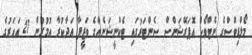
މޯލްޑިވްސްގެ ނެޓްވޯކް އޮޕަރޭޝަންސް ސެންޓަރުގައި ޓެކްނީޝަނެއްގެ ވަޒީފާ އަދާކުރާ އުމުރުން 27 އަހަރުގެ